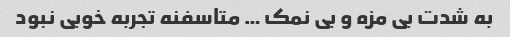
به شدت بی مزه و بی نمک … متاسفنه تجربه خوبی نبود